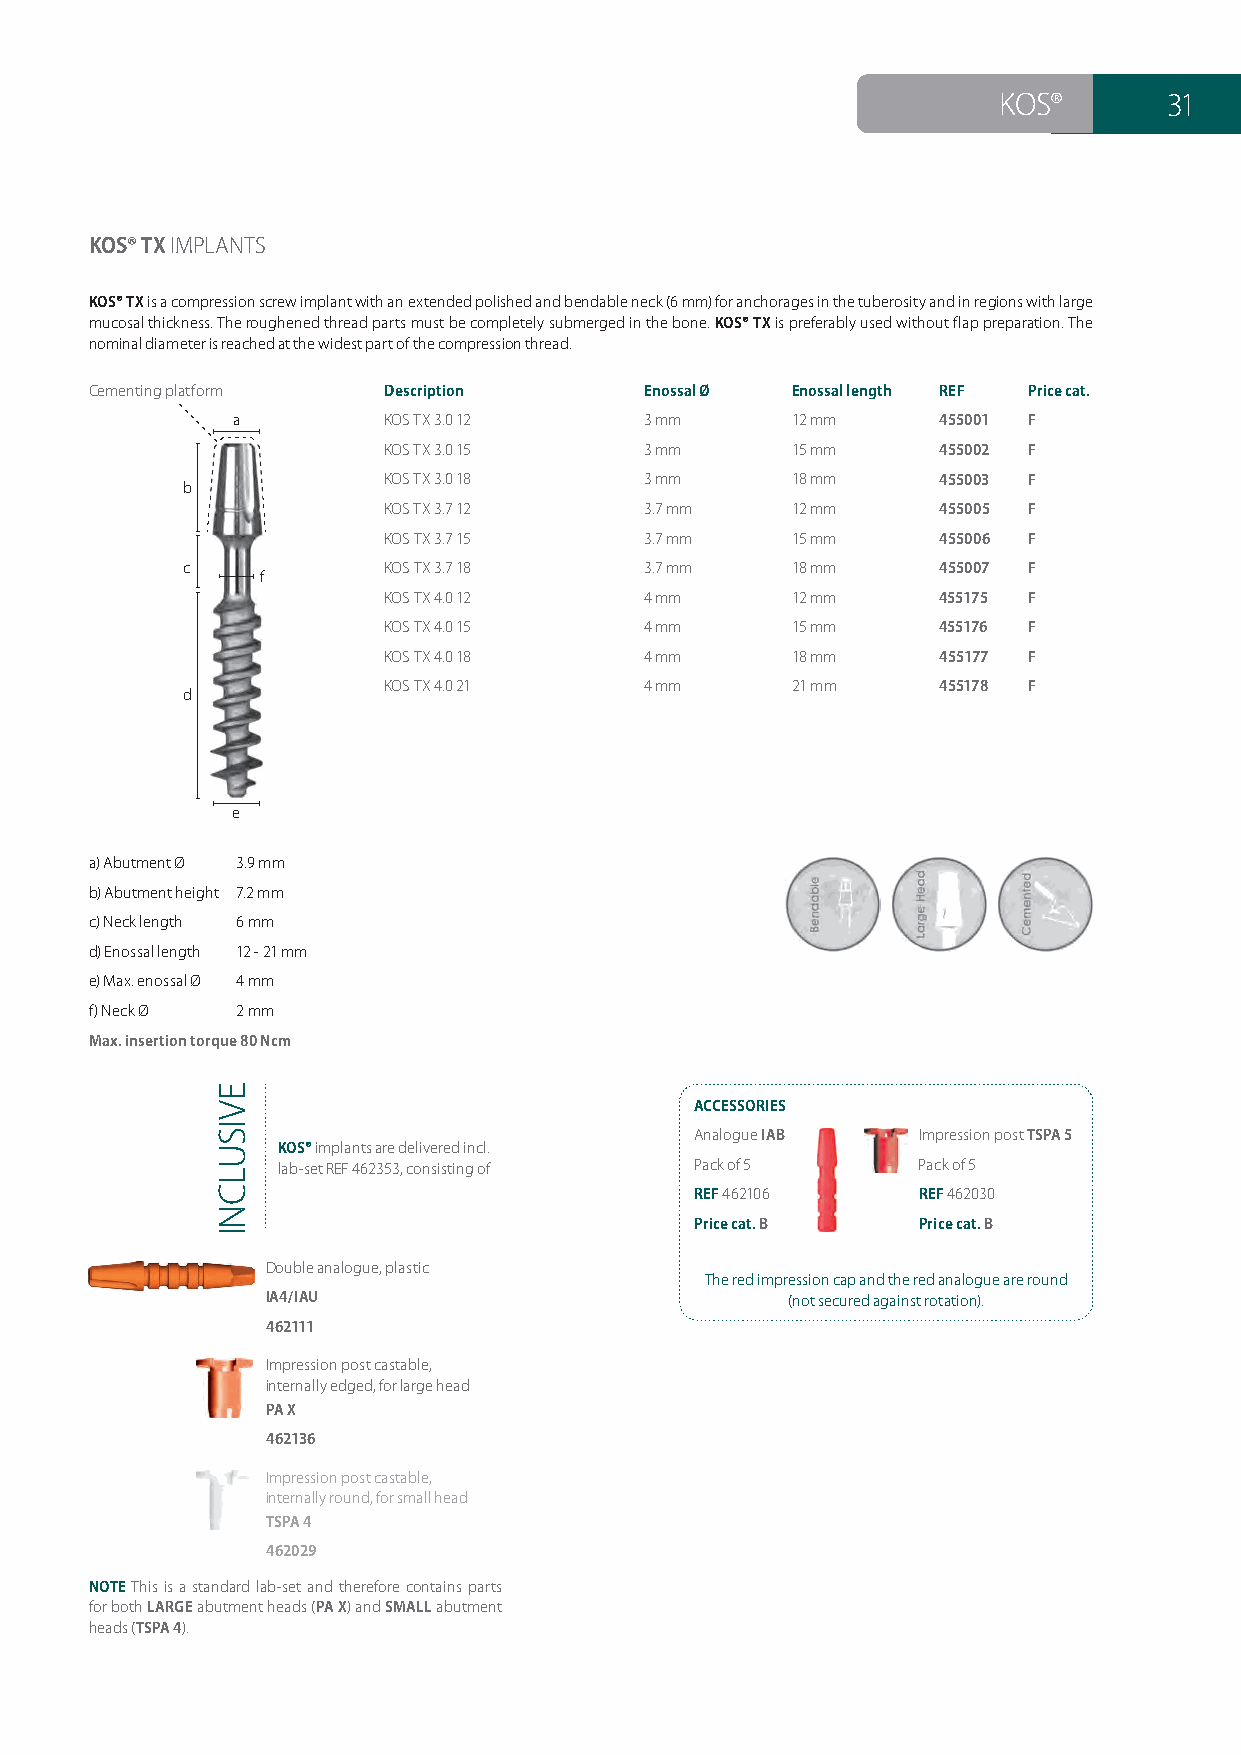
KOS®       31
 KOS® TX IMPLANTS
 KOS® TX is a compression screw implant with an extended polished and bendable neck (6 mm) for anchorages in the tuberosity and in regions with large
 mucosal thickness. The roughened thread parts must be completely submerged in the bone. KOS® TX is preferably used without flap preparation. The
 nominal diameter is reached at the widest part of the compression thread.
 Cementing platform Description       Enossal Ø Enossal length REF Price cat.
 a         KOS TX 3.0 12     3 mm     12 mm     455001 F
 KOS TX 3.0 15     3 mm     15 mm     455002 F
 KOS TX 3.0 18     3 mm     18 mm     455003 F
 b
 KOS TX 3.7 12     3.7 mm   12 mm     455005 F
 KOS TX 3.7 15     3.7 mm   15 mm     455006 F
 c            KOS TX 3.7 18     3.7 mm   18 mm     455007 F
 ff
 KOS TX 4.0 12     4 mm     12 mm     455175 F
 KOS TX 4.0 15     4 mm     15 mm     455176 F
 KOS TX 4.0 18     4 mm     18 mm     455177 F
 KOS TX 4.0 21     4 mm     21 mm     455178 F
 d
 e
 a) Abutment Ø 3.9 mm
 b) Abutment height 7.2 mm
 c) Neck length 6 mm
 d) Enossal length 12 - 21 mm
 e) Max. enossal Ø 4 mm
 f) Neck Ø 2 mm
 Max. insertion torque 80 Ncm
 ACCESSORIES
 Analogue IAB   Impression post TSPA 5
 KOS® implants are delivered incl.
 lab-set REF 462353, consisting of Pack of 5 Pack of 5
 REF 462106     REF 462030
 Price cat. B   Price cat. B
 Double analogue, plastic
 The red impression cap and the red analogue are round
 IA4/IAU                           (not secured against rotation).
 462111
 Impression post castable,
 internally edged, for large head
 PA X
 462136
 Impression post castable,
 internally round, for small head
 TSPA 4
 462029
 NOTE This is a standard lab-set and therefore contains parts
 for both LARGE abutment heads (PA X) and SMALL abutment
 heads (TSPA 4).
 EVISULCNI